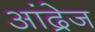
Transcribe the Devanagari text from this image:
आंद्रेज